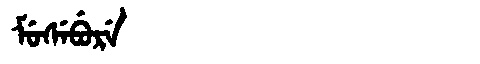
Manchu: ᠮᡠᠰᡝᠪᡠᡵᡝ
Romanization: MUSEBURE